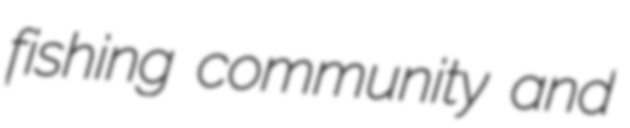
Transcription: fishing community and